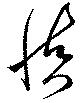
慎